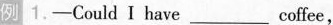
例| 1.-Could I have___coffee,